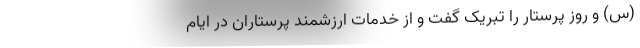
(س) و روز پرستار را تبریک گفت و از خدمات ارزشمند پرستاران در ایام